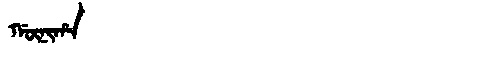
Manchu: ᡤᡡᠨᡳᡥᠠ
Romanization: GŪNIHA